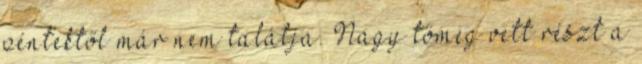
péntektől már nem találja. Nagy tömeg vett részt a